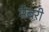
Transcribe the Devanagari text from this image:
मेबरी